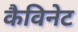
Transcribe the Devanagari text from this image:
कैविनेट